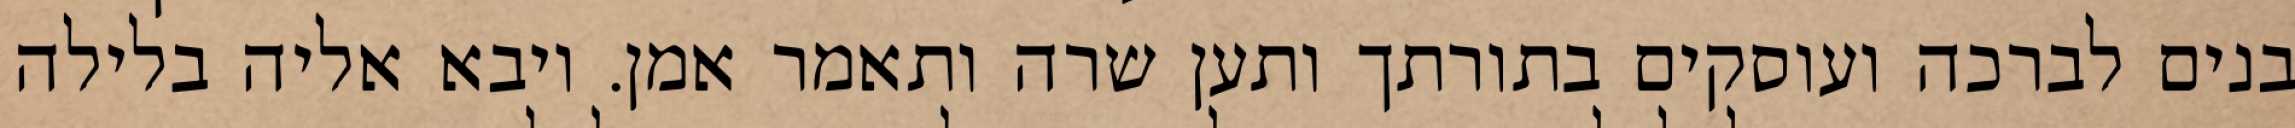
בנים לברכה ועוסקים בתורתך ותען שרה ותאמר אמן. ויבא אליה בלילה